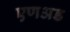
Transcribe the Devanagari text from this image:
एणअड